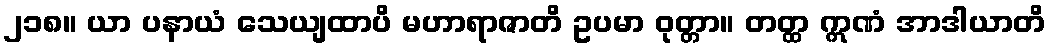
၂၁၈။ ယာ ပနာယံ သေယျထာပိ မဟာရာဇာတိ ဥပမာ ဝုတ္တာ။ တတ္ထ ဣဏံ အာဒါယာတိ